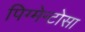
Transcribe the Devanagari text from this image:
पिग्मेन्टोसा